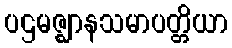
ပဌမဇ္ဈာနသမာပတ္တိယာ